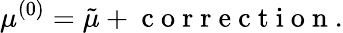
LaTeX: \mu^{(0)}=\tilde{\mu}+\mathrm{~c~o~r~r~e~c~t~i~o~n~}.